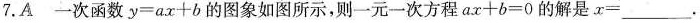
7.A 一次函数$$y = a x + b$$ 的图象如图所示，则一元一次方程$$a x + b = 0$$ 的解是$$x = ___$$.